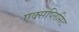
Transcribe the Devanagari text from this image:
एक्सप्लिसिट